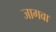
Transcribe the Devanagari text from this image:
जागवा